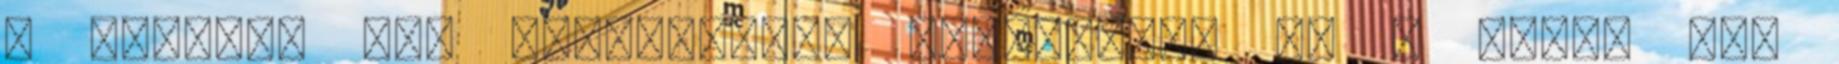
: Megérne egy gasztroblog bejegyzést is : Éjjel kb.